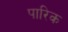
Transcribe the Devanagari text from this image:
पारिक